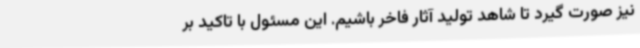
نیز صورت گیرد تا شاهد تولید آثار فاخر باشیم. این مسئول با تاکید بر